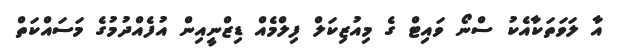
އާ ލަވަތަކާއެކު ސްނޯ ވައިޓް ގެ މިއުޒިކަލް ފިލްމެއް ޑިޒްނީއިން އުފެއްދުމުގެ މަސައްކަތް